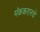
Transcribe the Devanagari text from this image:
मॅककरानचे